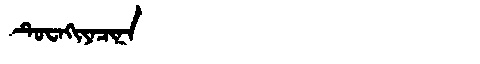
Manchu: ᡨᡠᠸᠠᡴᡳᠶᠠᠴᡳᠨᠠ
Romanization: TUWAKIYACINA